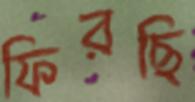
ফিরছি